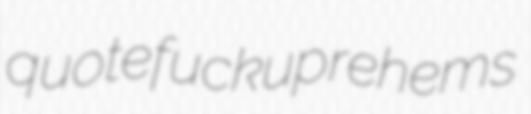
quote fuckup rehems